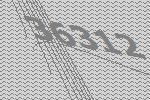
36312